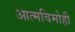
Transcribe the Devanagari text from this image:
आत्मविमोही